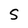
Character: S